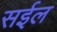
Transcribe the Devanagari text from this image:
सईल